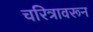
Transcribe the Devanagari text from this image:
चरित्रावरून